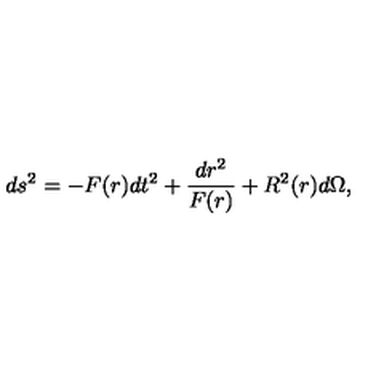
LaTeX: d s ^ { 2 } = - F ( r ) d t ^ { 2 } + { \frac { d r ^ { 2 } } { F ( r ) } } + R ^ { 2 } ( r ) d \Omega ,